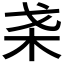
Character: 𣏩